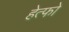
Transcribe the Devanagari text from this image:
हेत्फो